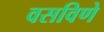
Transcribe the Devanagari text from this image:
वसविणे